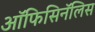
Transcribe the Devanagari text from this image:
ऑफिसिनॅलिस